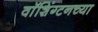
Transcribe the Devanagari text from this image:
वाॅशिंग्टनच्या